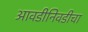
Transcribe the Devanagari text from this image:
आवडीनिवडीचा